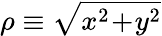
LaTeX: \rho\equiv\sqrt{x^{2}\! +\! y^{2}}